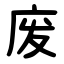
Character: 废